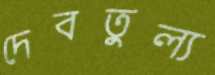
দেবতুল্য